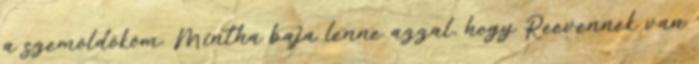
a szemöldököm. Mintha baja lenne azzal, hogy Reevennek van